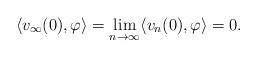
LaTeX: \begin{align*} \langle v_{\infty}(0), \varphi \rangle = \lim_{n \to \infty} \langle v_{n}(0), \varphi \rangle =0. \end{align*}